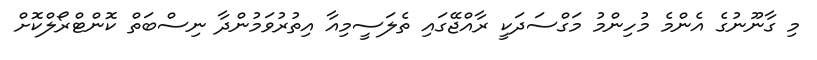
މި ގާނޫނުގެ އެންމެ މުހިންމު މަގްސަދަކީ ރާއްޖޭގައި ތެލަސީމިއާ އިތުރުވަމުންދާ ނިސްބަތް ކޮންޓްރޯލްކޮށް